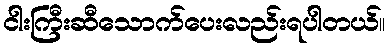
ငါးကြီးဆီသောက်ပေးလည်းရပါတယ်။